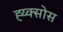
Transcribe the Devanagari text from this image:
ह्य्क्सोस